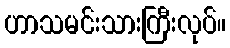
ဟာသမင်းသားကြီးလုပ်။